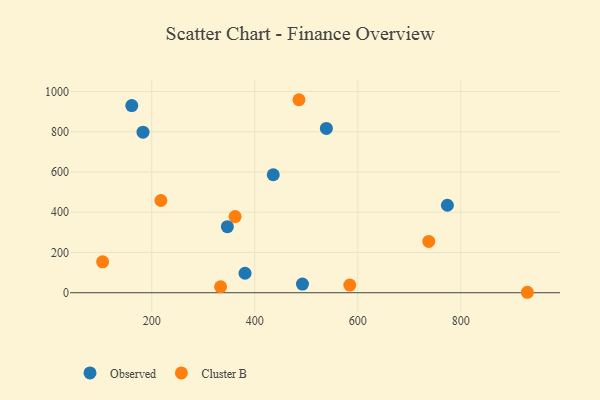
{"axis": {"x": "Distance", "y": "Salary"}, "legend": ["Cluster B", "Observed"], "data": [{"x": "183.1", "y": 797.8, "type": "Observed"}, {"x": "436.0", "y": 586.2, "type": "Observed"}, {"x": "346.9", "y": 327.9, "type": "Observed"}, {"x": "492.7", "y": 42.9, "type": "Observed"}, {"x": "381.2", "y": 96.7, "type": "Observed"}, {"x": "161.3", "y": 929.6, "type": "Observed"}, {"x": "774.1", "y": 434.6, "type": "Observed"}, {"x": "539.1", "y": 816.3, "type": "Observed"}, {"x": "217.8", "y": 458.2, "type": "Cluster B"}, {"x": "333.7", "y": 29.7, "type": "Cluster B"}, {"x": "485.9", "y": 958.9, "type": "Cluster B"}, {"x": "584.6", "y": 37.8, "type": "Cluster B"}, {"x": "737.9", "y": 255.1, "type": "Cluster B"}, {"x": "929.4", "y": 2.2, "type": "Cluster B"}, {"x": "361.9", "y": 378.4, "type": "Cluster B"}, {"x": "104.7", "y": 153.3, "type": "Cluster B"}]}